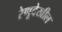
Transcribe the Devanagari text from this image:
रेणूदेखील